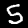
Label: 5